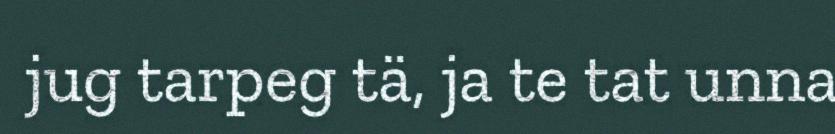
jug tarpeg tä, ja te tat unna